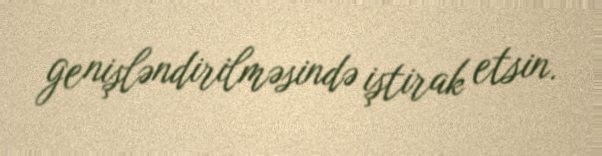
genişləndirilməsində iştirak etsin.